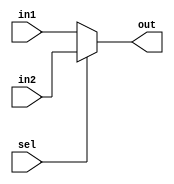
module mux_32 (in1, in2, sel, out);
  
  input sel; // MODIFIED BY CAM
  input [31:0] in1;
  input [31:0] in2;
  output reg [31:0] out;
  

  always @(sel or in1 or in2)
      begin
        if (sel == 1'b0) out <= in1;
        else out <= in2;
      end
   
endmodule